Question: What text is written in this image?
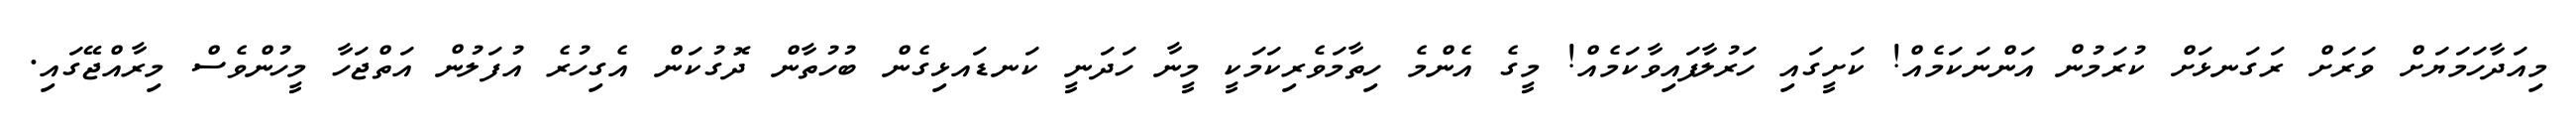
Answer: މިއަދާހަމަޔަށް ވަރަށް ރަގަނޅަށް ކުރަމުން އަންނަކަމެއް! ކަށީގައި ހަރުލާފައިވާކަމެއް! މީގެ އެންމެ ހިތާމަވެރިކަމަކީ މީނާ ހަދަނީ ކަނޑައޅިގެން ބުހުތާން ދޮގުކަން އެގިހުރެ އުފަލުން އަތްޖަހާ މީހުންވެސް މިރާއްޖޭގައި.